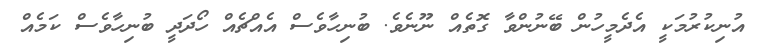
އުނިކުރުމަކީ އެދެމީހުން ބޭނުންވާ ގޮތެއް ނޫނެވެ. ބުނިހާވެސް އެއްޗެއް ހޯދަދީ ބުނިހާވެސް ކަމެއް